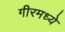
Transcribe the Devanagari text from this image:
गीरमध्ये